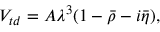
V _ { t d } = A \lambda ^ { 3 } ( 1 - \bar { \rho } - i \bar { \eta } ) ,